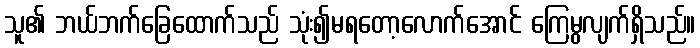
သူ၏ ဘယ်ဘက်ခြေထောက်သည် သုံး၍မရတော့လောက်အောင် ကြေမွလျက်ရှိသည်။